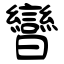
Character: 曫